Annual report on the lock hospitals of the Madras Presidency
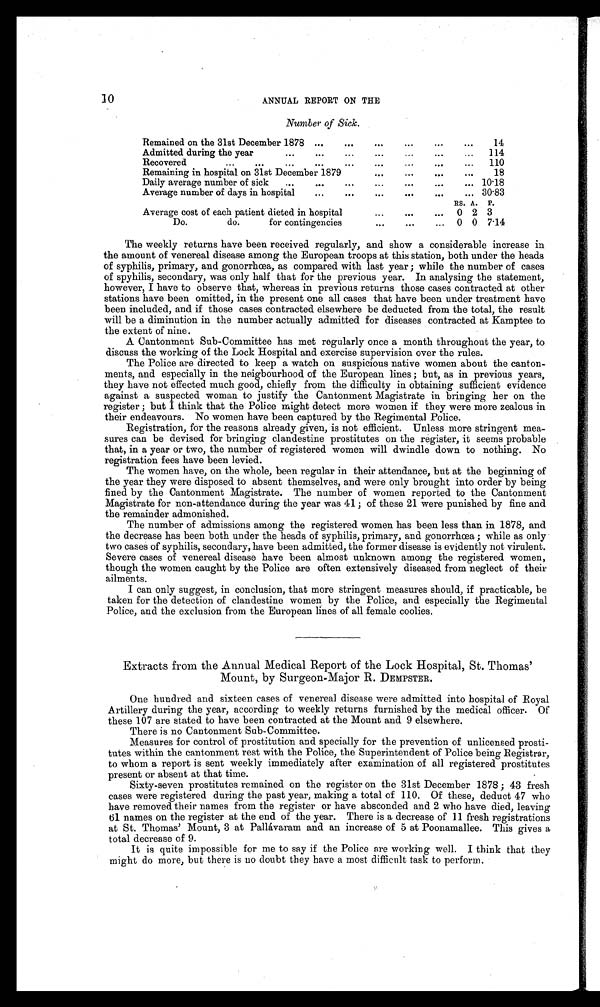
1 0
A N N U A L R E P O R T O N T H E
Number of Sick.
Remained on the 31st December 1878 ...
...
. . .
...
. . .
. . . 14
Admitted during the year
...
...
...
. . .
..
...
... 114
...
Recovered
...
...
...
666
6.0
... 110
Remaining in hospital on 31st December 1879
. . .
...
. . . ... 18
Daily average number of sick ...
...
...
...
...
...
... 10.18
Average number of days in hospital...
. . .
...
604
6.. 30.83
RS. A. P.
Average cost of each patient dieted in hospital
...
...
... 0 2 3
Do.
do.
for contingencies
. . .
...
... 0 0 7.14
The weekly returns have been received regularly, and show a considerable increase in
the amount of venereal disease among the European troops at this station, both under the heads
of syphilis, primary, and gonorrhoea, as compared with last year; while the number of cases
of spyhilis, secondary, was only half that for the previous year. In analysing the statement,
however, I have to observe that, whereas in previous returns those cases contracted at other
stations have been omitted, in the present one all cases that have been under treatment have
been included, and if those cases contracted elsewhere be deducted from the total, the result
will be a diminution in the number actually admitted for diseases contracted at Kamptee to
the extent of nine.
A Cantonment Sub-Committee has met regularly once a month throughout the year, to
discuss the working of the Lock Hospital and exercise supervision over the rules.
The Police are directed to keep a watch on suspicious native women about the canton
ments' and especially in the neigbourhood of the European lines; but, as in previous years,
they have not effected much good, chiefly from the difficulty in obtaining sufficient evidence
against a suspected woman to justify the Cantonment Magistrate in bringing her on the
register; but I think that the Police might detect more women if they were more zealous in
their endeavours. No women have been captured by the Regimental Police.
Registration, for the reasons already given, is not efficient. Unless more stringent mea-
sures can be devised for bringing clandestine prostitutes on the register, it seems probable
that, in a year or two, the number of registered women will dwindle down to nothing. No
registration fees have been levied.
The women have, on the whole, been regular in their attendance, but at the beginning of
the year they were disposed to absent themselves, and were only brought into order by being
fined by the Cantonment Magistrate. The number of women reported to the Cantonment
Magistrate for non-attendance during the year was 41; of these 21 were punished by fine and
the remainder admonished.
The number of admissions among the registered women has been less than in 1878, and
the decrease has been both under the heads of syphilis, primary, and gonorrhœa; while as only
two cases of syphilis, secondary, have been admitted, the former disease is evidently not virulent.
Severe cases of venereal disease have been almost unknown among the registered women,
though the women caught by the Police are often extensively diseased from neglect of their
ailments.
I can only suggest, in conclusion, that more stringent measures should, if practicable, be
taken for the detection of clandestine women by the Police, and especially the Regimental
Police, and the exclusion from the European lines of all female coolies.
Extracts from the Annual Medical Report of the Lock Hospital, St. Thomas'
Mount, by Surgeon-Major R. DEMPSTER.
One hundred and sixteen cases of venereal disease were admitted into hospital of Royal
Artillery during the year, according to weekly returns furnished by the medical officer. Of
these 107 are stated to have been contracted at the Mount and 9 elsewhere.
There is no Cantonment Sub-Committee.
Measures for control of prostitution and specially for the prevention of unlicensed prosti-
tutes within the cantonment rest with the Police, the Superintendent of Police being Registrar,
to whom a report is sent weekly immediately after examination of all registered prostitutes
present or absent at that time.
-
Sixty-seven prostitutes remained on the register on the 31st December 1878; 43 fresh
cases were registered during the past year, making a total of 110. Of these, deduct 47 who
have removed their names from the register or have absconded and 2 who have died, leaving
61 names on the register at the end of the year. There is a decrease of 11 fresh registrations
at St. Thomas' Mount, 3 at Pallavaram and an increase of 5 at Poonamallee. This gives a
total decrease of 9.
It is quite impossible for me to say if the Police are working well. I think that they
might do more, but there is no doubt they have a most difficult task to perform.